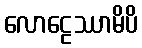
လောဠေဿာမိပိ